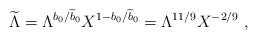
LaTeX: \begin{align*}{\widetilde \Lambda}=\Lambda^{b_0/{\widetilde b}_0} X^{1-b_0/{\widetilde b}_0} = \Lambda^{11/9}X^{-2/9}~,\end{align*}